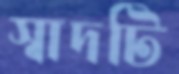
স্বাদটি